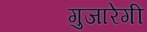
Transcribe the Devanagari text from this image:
गुजारेगी